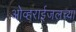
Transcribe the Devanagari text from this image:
ओव्हराईजलच्या